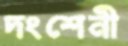
দংশেনী